Statistical return of the lunatic asylum in Assam - 1912-1932
Year: 1912
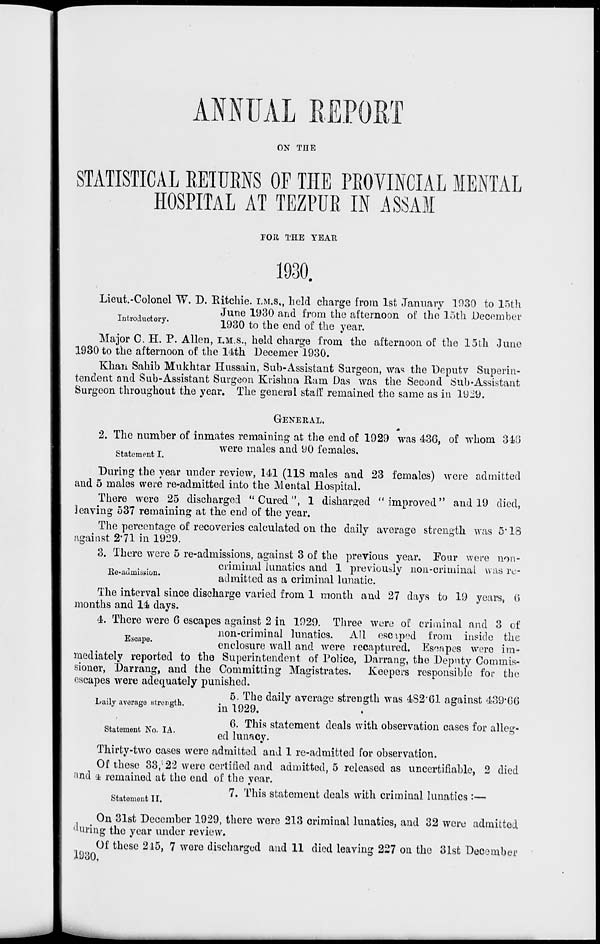
ANNUAL REPORT
ON THE
STATISTICAL KETUBNS OF THE PEOVINCIAL MENTAL
HOSPITAL AT TEZPUE IN ASSAM
FQK, THE YEAR
1930.
Lieut.-Colonel TV. D. Ritchie, I.M.S,, held charge from 1st January 1030 to 15th
_ ,
June 1930 and from the afternoon of the 15th December
Introductory.
1QSQ ^ ^ en(J Qf the yeftr
Major C. H. P. Allen, I.M.S., held charge from the afternoon of the 15th June
1930 to the afternoon of the 14th Decemer 1930.
Khan Sahib Mukhtar Hussain, Sub-Assistant Surgeon, was the Dcputv Superin-
tendent and Sub-Assistant Surgeon Krishna Ram Das was the Second Sub-Assistant
Surgeon throughout the year. The general staff remained the same as in 1929.
GENERAL.
2. The number of inmates remaining at the end of 1929 was 436, of whom 346
were males and 90 females.
statement I.
During the year under review, 141 (118 males and 23 females) were admitted
and 5 males were re-admitted into the Mental Hospital.
There were 25 discharged "Cured", 1 disbarred "improved" and 19 died,
leaving 537 remaining at the end of the year.
The percentage of recoveries calculated on the daily average strength was 5* 18
against 2'71 in 1929.
3. There were 5 re-admissions, against 3 of the previous year. Four were non-
_ . . .
criminal lunatics and 1 previously non-criminal was re-
±Je-aumist;ion.
T
-,. -i
• •
1 i
*.*
admitted as a criminal lunatic.
The interval since discharge varied from 1 month and 27 days to 19 years, 6
months and 14 days.
4. There were 6 escapes against 2 in 1929. Three were of criminal and 3 of
non-criminal lunatics. All escaped from inside the
scdl ' e '
enclosure wall and were recaptured. Es^npes were im-
mediately reported to the Superintendent of Police, Darrang, the Deputy Commis-
sioner, Darrang, and the Committing Magistrates. Keepers responsible for the
escapes were adequately punished.
5. The daily average strength was 4S2'61 against 439*66
in 1929.
6. This statement deals with observation cases for alleg-
ed lunacy.
Thirty-two cases were admitted and 1 re-admitted for observation.
Of these 33,'22 were certified and admitted, 5 released as uncertifiable, 2 died
'ind $ remained at the end of the year.
7. This statement deals with criminal lunatics:—
Laily average strength.
Statement No. I A.
Statement II.
tin i'
On 31st December 1929, there wore 213 criminal lunatics, and 32 were admitted
'Uuiiig the year under review.
1930,
Of these 215, 7 wore discharged and 11 died leaving 227 on the 31sc December